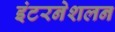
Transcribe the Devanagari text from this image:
इंटरनेशलन